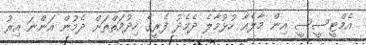
އެމްޓީސީސީ އިން މާލެއާ ހުޅުމާލެ ދެމެދު ފެރީގެ ހިދުމަތްތަށް ދެމުން އަންނަ އިރު